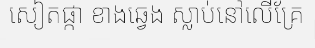
សៀតផ្កា ខាងឆ្វេង ស្លាប់នៅលើគ្រែ